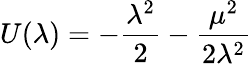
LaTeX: U(\lambda)=-\frac{\lambda^{2}}{2}-\frac{\mu^{2}}{2\lambda^{2}}